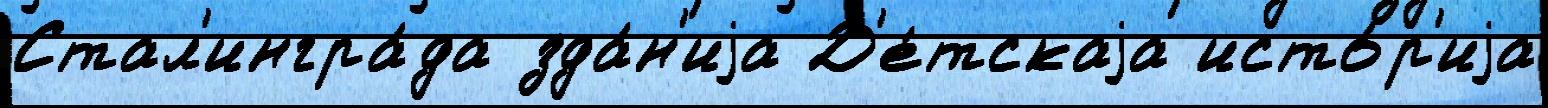
Стал'ингра́да зда́н'иjа Д'е́тскаjа исто́р'иjа